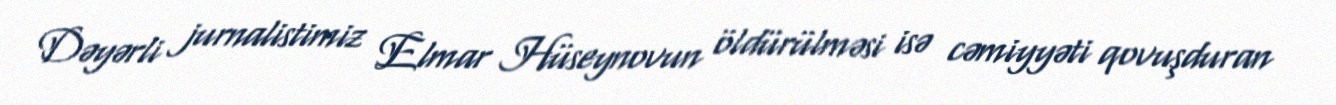
Dəyərli jurnalistimiz Elmar Hüseynovun öldürülməsi isə cəmiyyəti qovuşduran